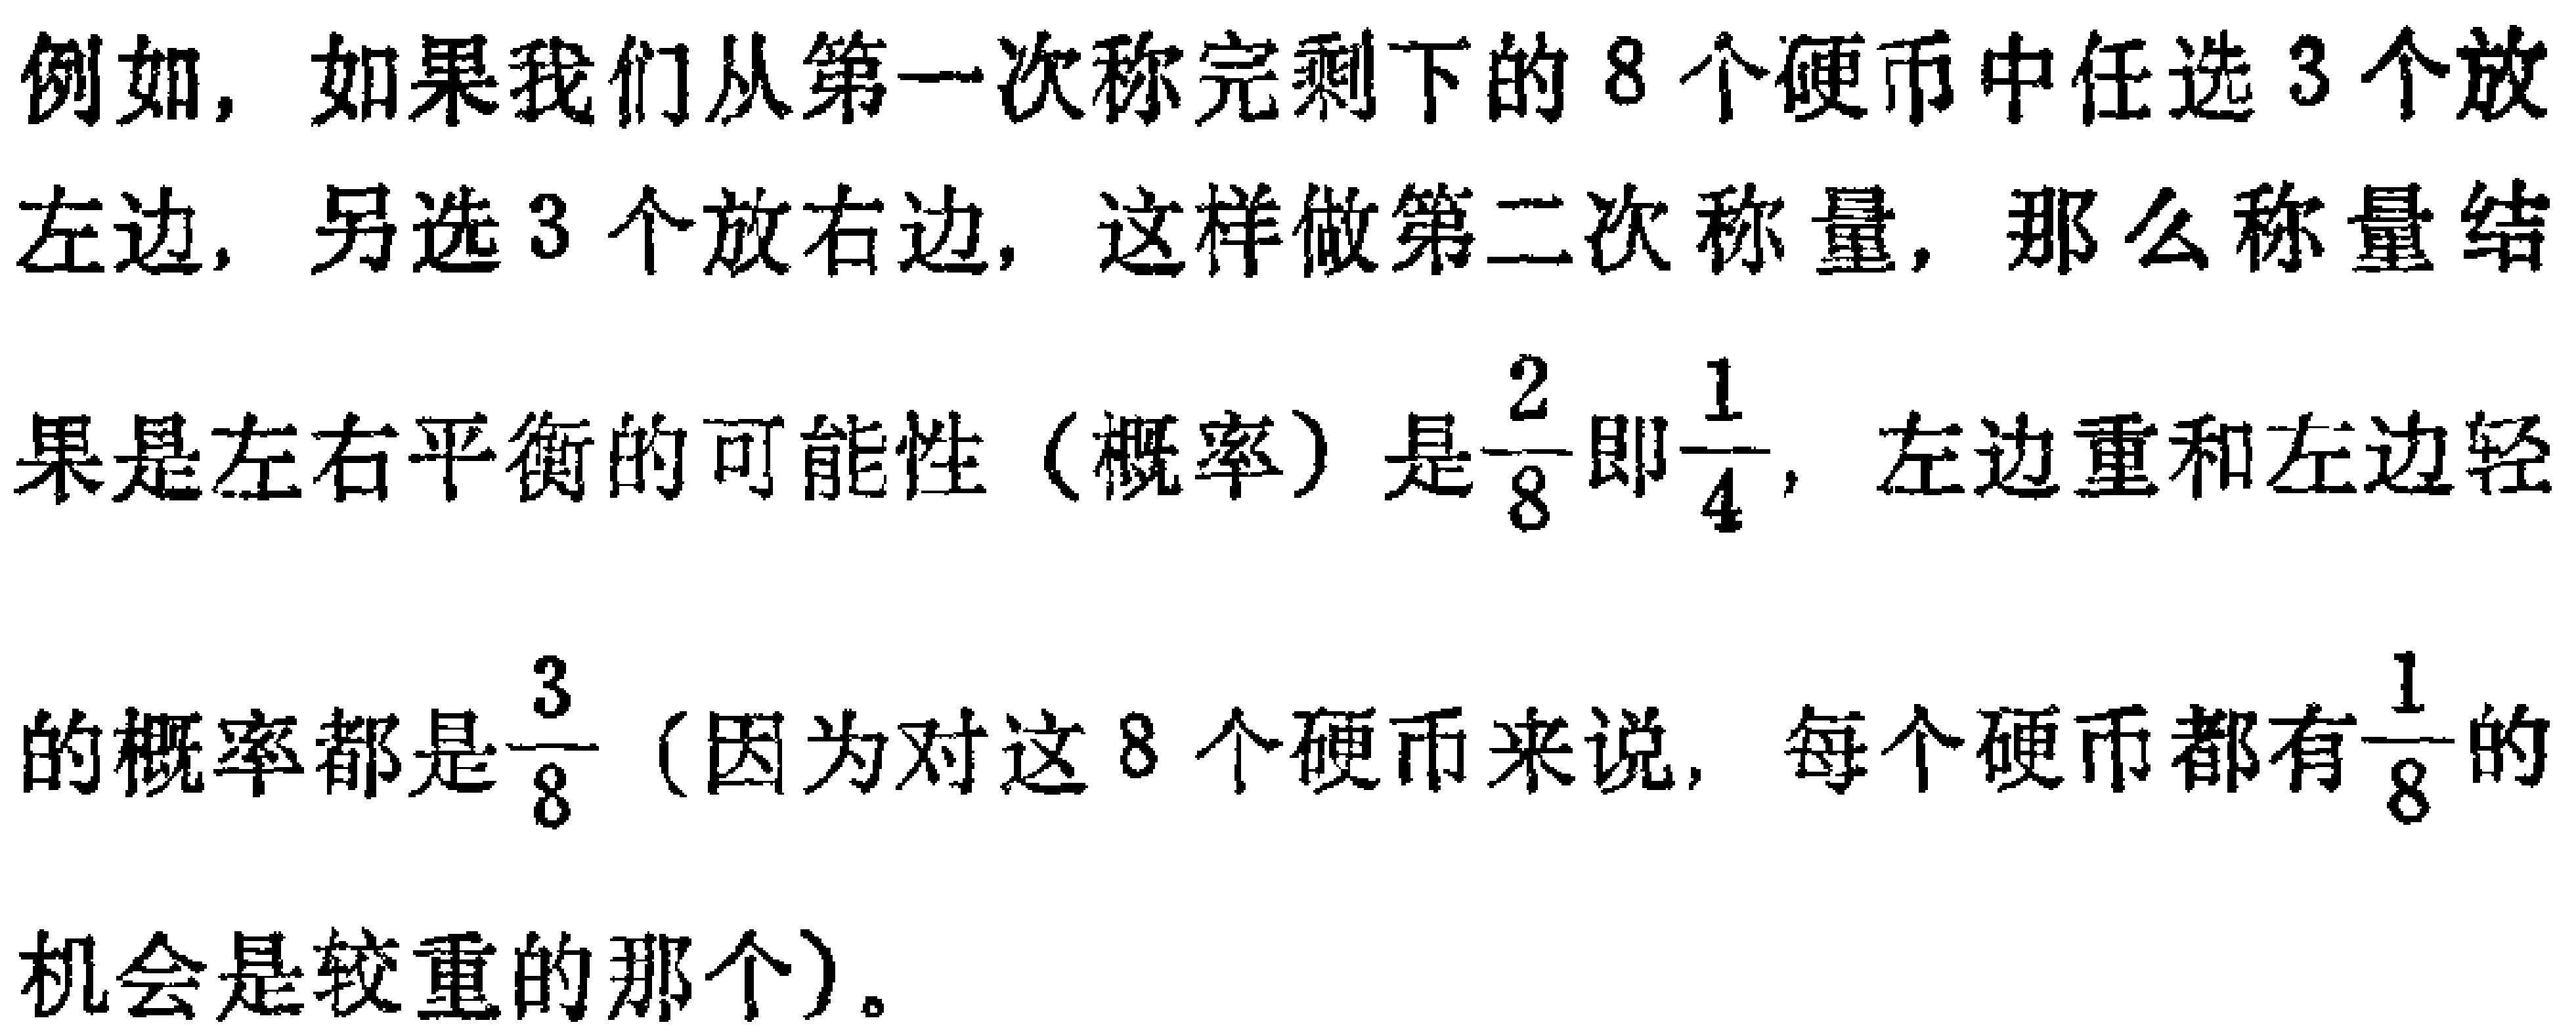
例如，如果我们从第一次称完剩下的8个硬币中任选3个放左边，另选3个放右边，这样做第二次称量，那么称量结果是左右平衡的可能性（概率）是$\frac{2}{8}$即$\frac{1}{4}$，左边重和左边轻的概率都是$\frac{3}{8}$（因为对这8个硬币来说，每个硬币都有$\frac{1}{8}$的机会是较重的那个）。